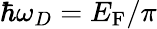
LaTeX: \hbar\omega_{D}={E_{\mathrm{F}}}/\pi